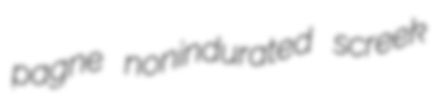
pagne nonindurated screek